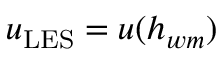
u _ { \mathrm { L E S } } = u ( h _ { w m } )